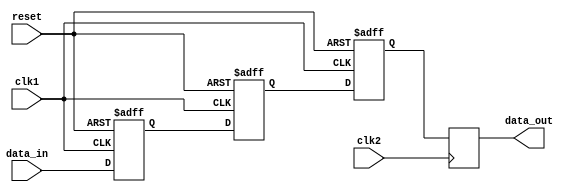
module Timing_control_synchronizer (
    input wire clk1, // Clock for input signal
    input wire clk2, // Clock for destination domain
    input wire reset, // Asynchronous reset
    input wire data_in, // Input signal to be synchronized
    output reg data_out // Synchronized output signal
);

reg [2:0] ff1, ff2, ff3; // Three flip-flops for synchronization

always @(posedge clk1, posedge reset) begin
    if (reset) begin
        ff1 <= 1'b0;
        ff2 <= 1'b0;
        ff3 <= 1'b0;
    end else begin
        ff1 <= data_in;
        ff2 <= ff1;
        ff3 <= ff2;
    end
end

always @(posedge clk2) begin
    data_out <= ff3;
end

endmodule